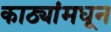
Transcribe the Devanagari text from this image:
काठ्यांमधून